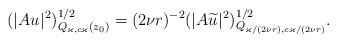
\begin{align*}& (|A u_{}|^2)^{1/2}_{Q_{ \varkappa, c \varkappa} (z_0)} = (2\nu r)^{-2} (|A \widetilde u_{}|^2)^{1/2}_{Q_{\varkappa/(2\nu r), c \varkappa/(2\nu r)}}. \end{align*}